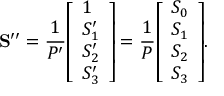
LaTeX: \mathbf { S ^ { \prime \prime } } = { \frac { 1 } { P ^ { \prime } } } { \left[ \begin{array} { l } { 1 } \\ { S _ { 1 } ^ { \prime } } \\ { S _ { 2 } ^ { \prime } } \\ { S _ { 3 } ^ { \prime } } \end{array} \right] } = { \frac { 1 } { P } } { \left[ \begin{array} { l } { S _ { 0 } } \\ { S _ { 1 } } \\ { S _ { 2 } } \\ { S _ { 3 } } \end{array} \right] } .